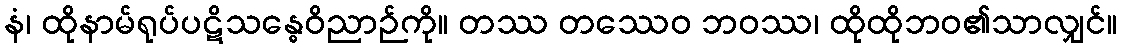
နံ၊ ထိုနာမ်ရုပ်ပဋိသန္ဓေဝိညာဉ်ကို။ တဿ တဿေဝ ဘဝဿ၊ ထိုထိုဘဝ၏သာလျှင်။